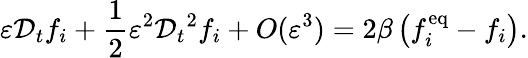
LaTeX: \varepsilon\mathcal{D}_{t}f_{i}+\frac{1}{2}\varepsilon^{2}{\mathcal{D}_{t}}^{2}f_{i}+{O}(\varepsilon^{3})=2\beta\left(f_{i}^{\mathrm{eq}}-f_{i}\right).